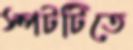
স্পটটিতে